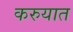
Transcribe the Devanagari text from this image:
करुयात